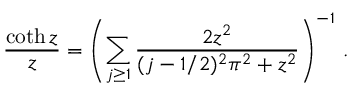
\frac { \coth z } { z } = \left( \sum _ { j \ge 1 } \frac { 2 z ^ { 2 } } { ( j - 1 / 2 ) ^ { 2 } \pi ^ { 2 } + z ^ { 2 } } \right) ^ { - 1 } \, .